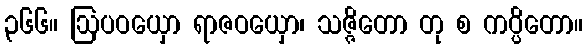
၃၆၆။ ဩပဝယှော ရာဇဝယှော၊ သဇ္ဇိတော တု စ ကပ္ပိတော။